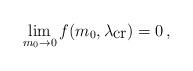
LaTeX: \begin{align*}\lim_{m_{0}\rightarrow 0} f(m_{0},\lambda_{\mbox{cr}})=0\, ,\end{align*}